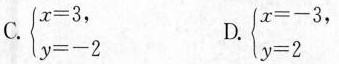
C. $$\begin { cases } x = 3 \\ y = - 2 \end { cases }$$， D. $$\begin { cases } x = - 3 \\ y = 2 \end { cases }$$，